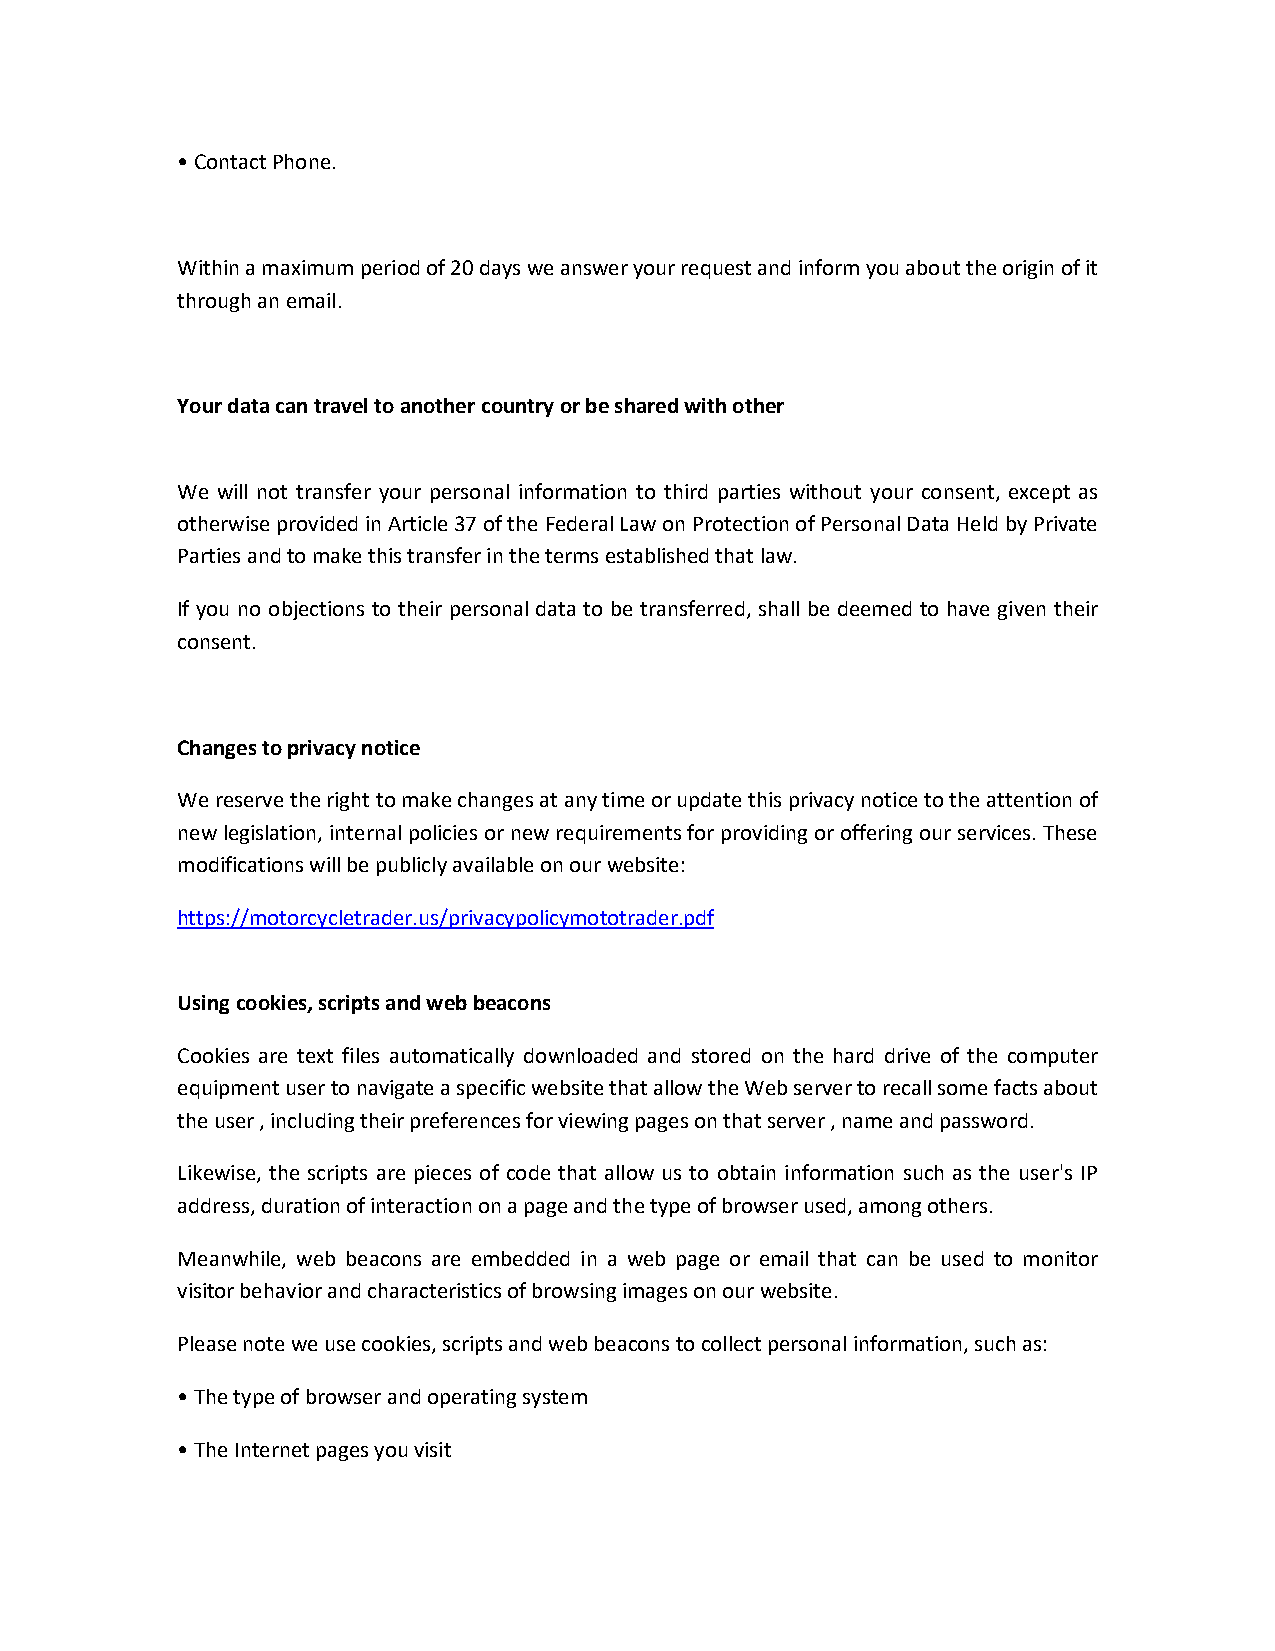
• Contact Phone.
 Within a maximum period of 20 days we answer your request and inform you about the origin of it
 through an email.
 Your data can travel to another country or be shared with other
 We will not transfer your personal information to third parties without your consent, except as
 otherwise provided in Article 37 of the Federal Law on Protection of Personal Data Held by Private
 Parties and to make this transfer in the terms established that law.
 If you no objections to their personal data to be transferred, shall be deemed to have given their
 consent.
 Changes to privacy notice
 We reserve the right to make changes at any time or update this privacy notice to the attention of
 new legislation, internal policies or new requirements for providing or offering our services. These
 modifications will be publicly available on our website:
 https://motorcycletrader.us/privacypolicymototrader.pdf
 Using cookies, scripts and web beacons
 Cookies are text files automatically downloaded and stored on the hard drive of the computer
 equipment user to navigate a specific website that allow the Web server to recall some facts about
 the user , including their preferences for viewing pages on that server , name and password.
 Likewise, the scripts are pieces of code that allow us to obtain information such as the user's IP
 address, duration of interaction on a page and the type of browser used, among others.
 Meanwhile, web beacons are embedded in a web page or email that can be used to monitor
 visitor behavior and characteristics of browsing images on our website.
 Please note we use cookies, scripts and web beacons to collect personal information, such as:
 • The type of browser and operating system
 • The Internet pages you visit